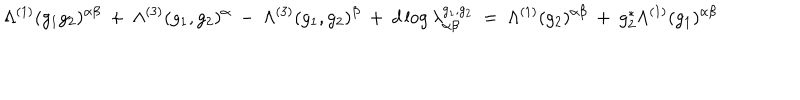
LaTeX: \Lambda ^ { ( 1 ) } ( g _ { 1 } g _ { 2 } ) ^ { \alpha \beta } \: + \: \Lambda ^ { ( 3 ) } ( g _ { 1 } , g _ { 2 } ) ^ { \alpha } \: - \: \Lambda ^ { ( 3 ) } ( g _ { 1 } , g _ { 2 } ) ^ { \beta } \: + \: d \log \lambda _ { \alpha \beta } ^ { g _ { 1 } , g _ { 2 } } \: = \: \Lambda ^ { ( 1 ) } ( g _ { 2 } ) ^ { \alpha \beta } \: + \: g _ { 2 } ^ { * } \Lambda ^ { ( 1 ) } ( g _ { 1 } ) ^ { \alpha \beta }